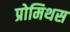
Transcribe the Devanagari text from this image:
प्रोमिथस